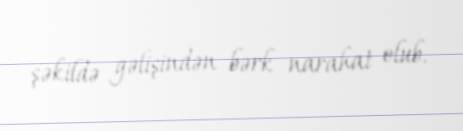
şəkildə gəlişindən bərk narahat olub.